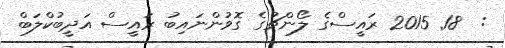
:  18